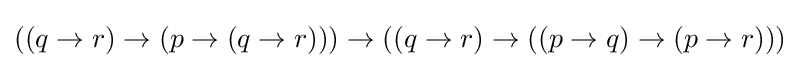
((q\to r)\to (p\to (q\to r)))\to ((q\to r)\to ((p\to q)\to (p\to r)))